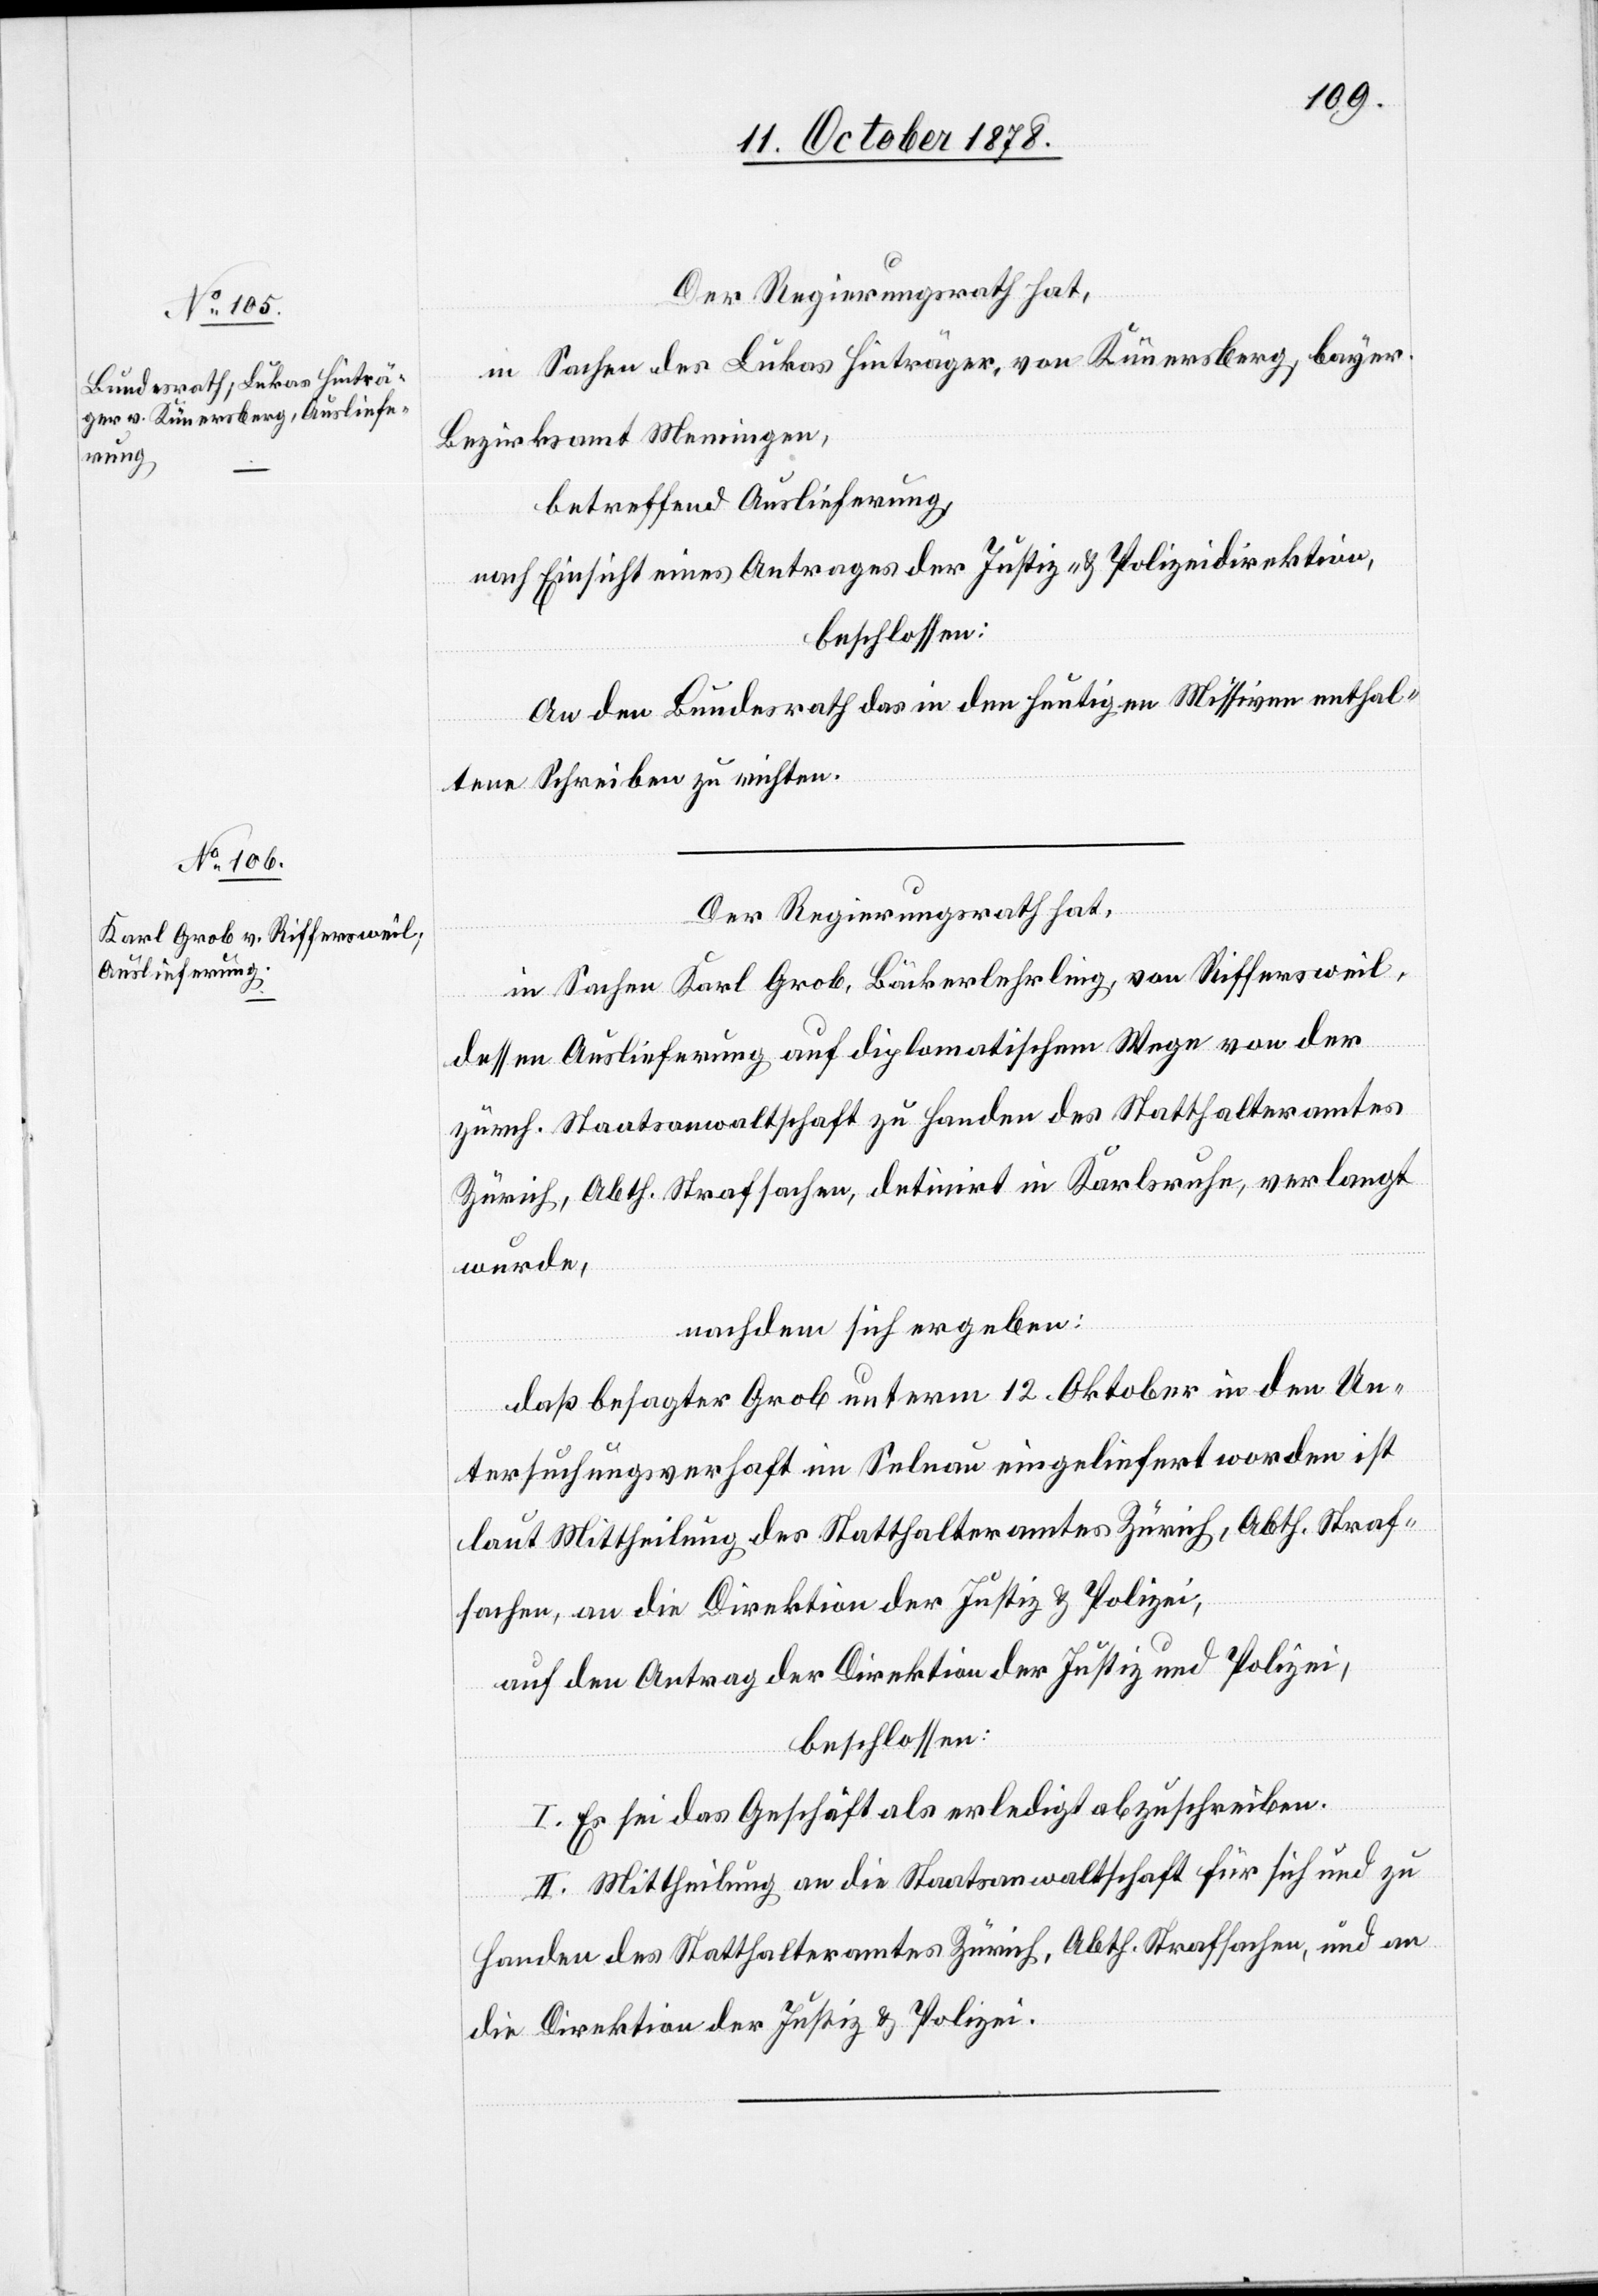
14. October 1878.]
Der Regierungsrath hat,
in Sachen des Lukas Hinträger, von Künersberg, bayer.
Bezirksamt Meningen,
betreffend Auslieferung,
nach Einsicht eines Antrages der Justiz- & Polizeidirektion,
beschlossen:
An den Bundesrath das in den heutigen Missiven enthal¬
tene Schreiben zu richten.
Der Regierungsrath hat,
in Sachen Karl Grob, Bäckerlehrling, von Riffersweil,
dessen Auslieferung auf diplomatischem Wege von der
zürch. Staatsanwaltschaft zu Handen des Statthalteramtes
Zürich, Abth. Strafsachen, detinirt in Karlsruhe, verlangt
wurde,
nachdem sich ergeben:
daß besagter Grob unterm 12. Oktober in den Un¬
tersuchungsverhaft im Selnau eingeliefert worden ist
laut Mittheilung des Statthalteramtes Zürich, Abth. Straf¬
sachen, an die Direktion der Justiz & Polizei,
auf den Antrag der Direktion der Justiz und Polizei,
beschlossen:
I. Es sei das Geschäft als erledigt abzuschreiben.
II. Mittheilung an die Staatsanwaltschaft für sich und zu
Handen des Statthalteramtes Zürich, Abth. Strafsachen, und an
die Direktion der Justiz & Polizei.